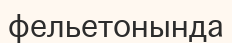
фельетонында